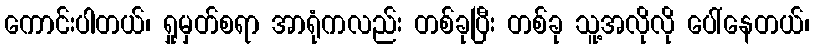
ကောင်းပါတယ်၊ ရှုမှတ်စရာ အာရုံကလည်း တစ်ခုပြီး တစ်ခု သူ့အလိုလို ပေါ်နေတယ်၊